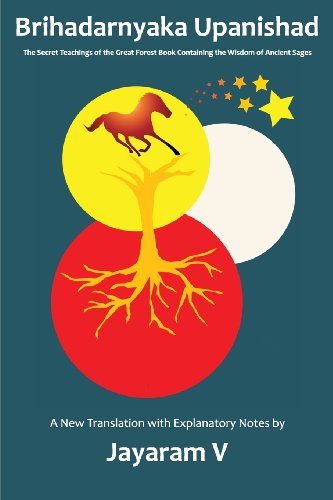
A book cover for Brihadaranyaka Upanishad; Jayaram V; Religion & Spirituality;